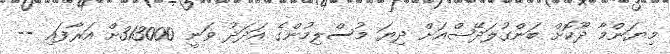
މިޔަންމާ ދޫކޮށް ބަންގުލަދޭޝްއަށް ދިޔަ މުސްލިމުންގެ އަދަދު ވަނީ 313000ށް އަރާފައި --